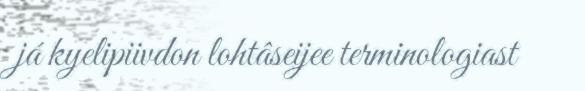
já kyelipiivdon lohtâseijee terminologiast